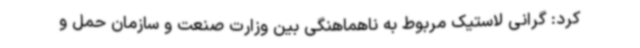
کرد: گرانی لاستیک مربوط به ناهماهنگی بین وزارت صنعت و سازمان حمل و